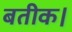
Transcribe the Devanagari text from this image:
बतीक।